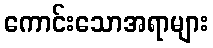
ကောင်းသောအရာများ